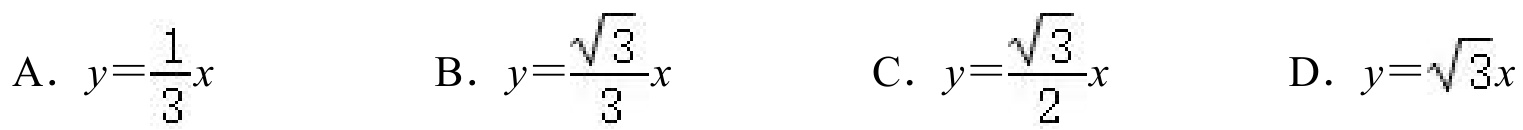
A. \(y = \frac{1}{3}x\)
B. \(y = \frac{\sqrt{3}}{3}x\)
C. \(y = \frac{\sqrt{3}}{2}x\)
D. \(y = \sqrt{3}x\)